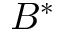
B ^ { * }